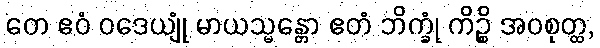
တေ ဧဝံ ဝဒေယျုံ မာယသ္မန္တော ဧတံ ဘိက္ခုံ ကိဉ္စိ အဝစုတ္ထ,